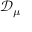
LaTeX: { \mathcal { D } } _ { \mu }